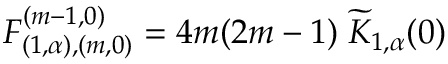
F _ { ( 1 , \alpha ) , ( m , 0 ) } ^ { ( m - 1 , 0 ) } = 4 m ( 2 m - 1 ) \; \widetilde { K } _ { 1 , \alpha } ( 0 )